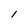
Character: I